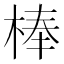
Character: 棒